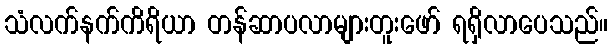
သံလက်နက်ကိရိယာ တန်ဆာပလာများတူးဖော် ရရှိလာပေသည်။